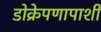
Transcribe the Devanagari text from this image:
डोक्रेपणापाशी